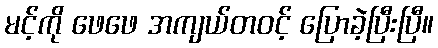
မင့်ကို ဖေဖေ အကျယ်တဝင့် ပြောခဲ့ပြီးပြီ။